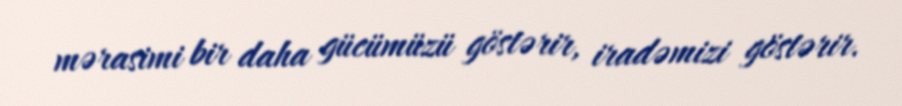
mərasimi bir daha gücümüzü göstərir, iradəmizi göstərir.